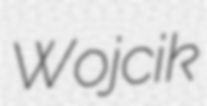
Wojcik